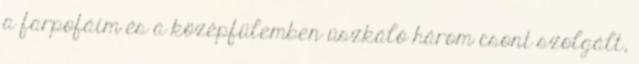
a farpofáim és a középfülemben úszkáló három csont szolgált,